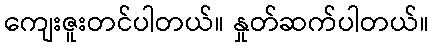
ကျေးဇူးတင်ပါတယ်။ နှုတ်ဆက်ပါတယ်။